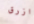
ازرق